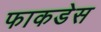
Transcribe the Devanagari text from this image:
फाकडेस